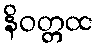
နိဝတ္တထ